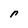
Character: r